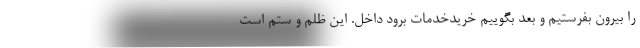
را بیرون بفرستیم و بعد بگوییم خریدخدمات برود داخل. این ظلم و ستم است